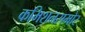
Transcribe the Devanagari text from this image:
कमिशनसमोर